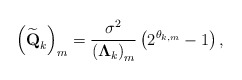
\begin{align*}\left(\widetilde{\textbf{Q}}_k\right)_{m}=\frac{\sigma^2}{\left(\mathbf{\Lambda}_k\right)_{m}}\left(2^{\theta_{k,m}}-1\right),\end{align*}